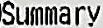
SUMMARY